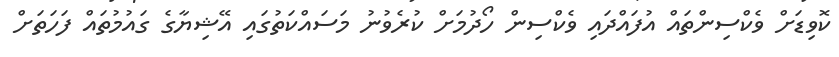
ކޮވިޑަށް ވެކްސިންތައް އުފައްދައި ވެކްސިން ހޯދުމަށް ކުރެވުނު މަސައްކަތުގައި އޭޝިޔާގެ ގައުމުތައް ފަހަތަށް